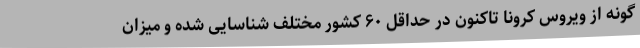
گونه از ویروس کرونا تاکنون در حداقل ۶۰ کشور مختلف شناسایی شده و میزان